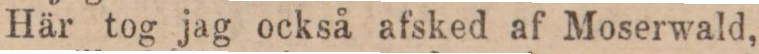
Här tog jag också afsked af Moserwald,